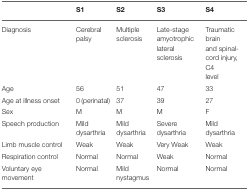
|  | S1 | S2 | S3 | S4 |
 | --- | --- | --- | --- | --- |
 | Diagnosis | Cerebral palsy | Multiple sclerosis | Late-stage amyotrophic lateral sclerosis | Traumatic brain and spinal-cord injury, C4 level |
 | Age | 56 | 51 | 47 | 33 |
 | Age at illness onset | 0 (perinatal) | 37 | 39 | 27 |
 | Sex | M | M | M | F |
 | Speech production | Mild dysarthria | Mild dysarthria | Severe dysarthria | Mild dysarthria |
 | Limb muscle control | Weak | Weak | Very Weak | Weak |
 | Respiration control | Normal | Normal | Weak | Normal |
 | Voluntary eye movement | Normal | Mild nystagmus | Normal | Normal |